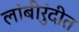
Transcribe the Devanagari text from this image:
लांबीरुंदीत